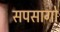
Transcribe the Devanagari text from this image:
सपसागो